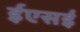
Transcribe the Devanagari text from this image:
ईएसई